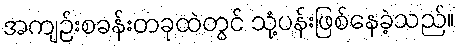
အကျဉ်းစခန်းတခုထဲတွင် သုံ့ပန်းဖြစ်နေခဲ့သည်။